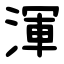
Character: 渾